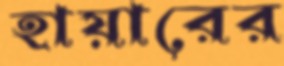
হায়ারের